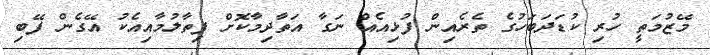
މޭޒުމަތީ ހުރި ކުޑަދަބަހުގެ ތެރެއިން ފުޅިއެއް ނަގާ އަތާދިމާކޮށް ފިތާލުމާއިއެކު އޭގެން ފޭބި